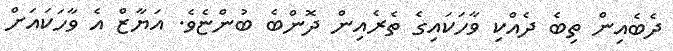
ދެބެއިން ތިބެ ދެއްކި ވާހަކައިގެ ތެރެއިން ދޮންބެ ބުންޏެވެ. އަޔާޒް އެ ވާހަކައަށް